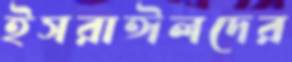
ইসরাঈলদের